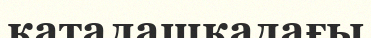
каталашкадағы